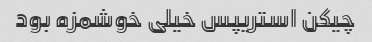
چیکن استریپس خیلی خوشمزه بود